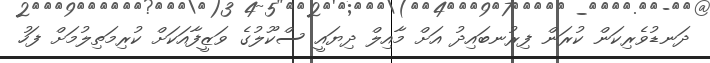
ދަނޑުވެރިކަން ކުރަން ފިރުނބައިދު އަށް މާއިލް ދިޔައީ ސްކޫލުގެ ވަޒީފާއަކަށް ކުރިމަތިލުމަށް ފަހު